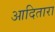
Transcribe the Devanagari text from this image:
आदितारा